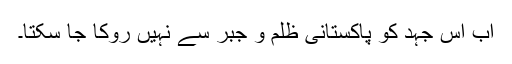
اب اس جہد کو پاکستانی ظلم و جبر سے نہیں روکا جا سکتا۔